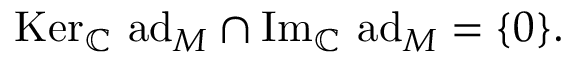
\mathrm { K e r } _ { \mathbb { C } } \ \mathrm { a d } _ { M } \cap \mathrm { I m } _ { \mathbb { C } } \ \mathrm { a d } _ { M } = \{ 0 \} .